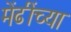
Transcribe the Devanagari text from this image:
मेंढींच्या